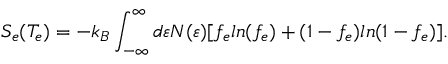
S _ { e } ( T _ { e } ) = - k _ { B } \int _ { - \infty } ^ { \infty } d \varepsilon N ( \varepsilon ) [ f _ { e } l n ( f _ { e } ) + ( 1 - f _ { e } ) l n ( 1 - f _ { e } ) ] .